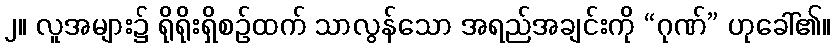
၂။ လူအများ၌ ရိုရိုးရှိစဉ်ထက် သာလွန်သော အရည်အချင်းကို “ဂုဏ်” ဟုခေါ်၏။